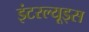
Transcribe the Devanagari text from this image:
इंटरल्यूड्स